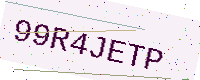
Text: 99R4JETP